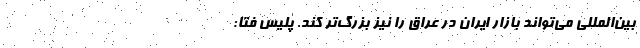
بین‌المللی می‌تواند بازار ایران در عراق را نیز بزرگ‌تر کند. پلیس فتا: